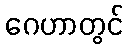
ဂေဟာတွင်